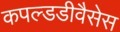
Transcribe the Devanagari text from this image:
कपल्डडीवैसेस